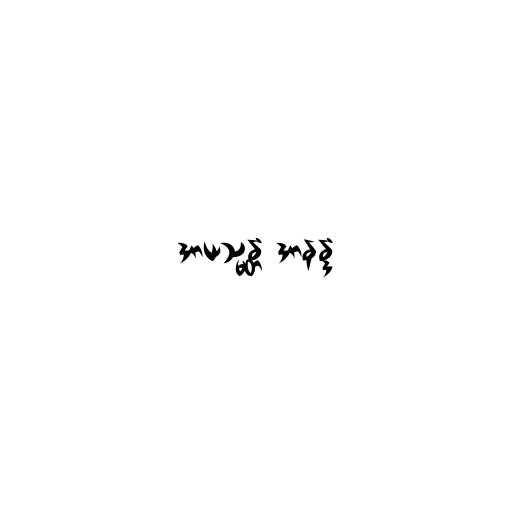
အာယသ္မန္တံ အာနန္ဒံ